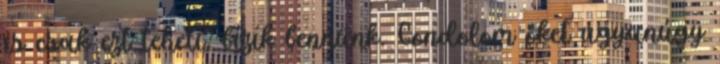
is csak ezt teheti, bízik bennünk. Gondolom őket ugyanúgy